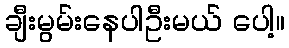
ချီးမွမ်းနေပါဦးမယ် ပေါ့။